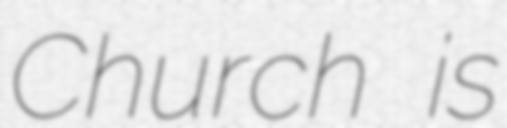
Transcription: Church is